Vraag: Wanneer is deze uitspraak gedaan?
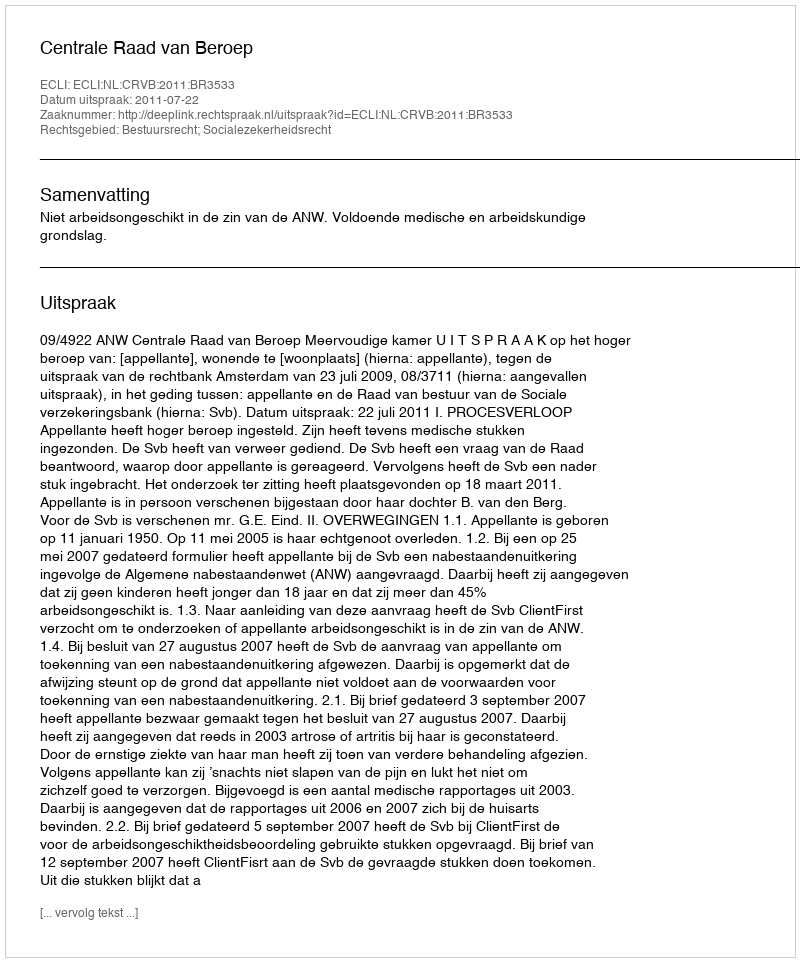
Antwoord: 2011-07-22